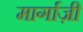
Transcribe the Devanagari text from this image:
मार्गाज़ी